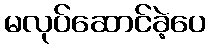
မလုပ်ဆောင်ခဲ့ပေ